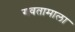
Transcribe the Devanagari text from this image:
गवतामाला